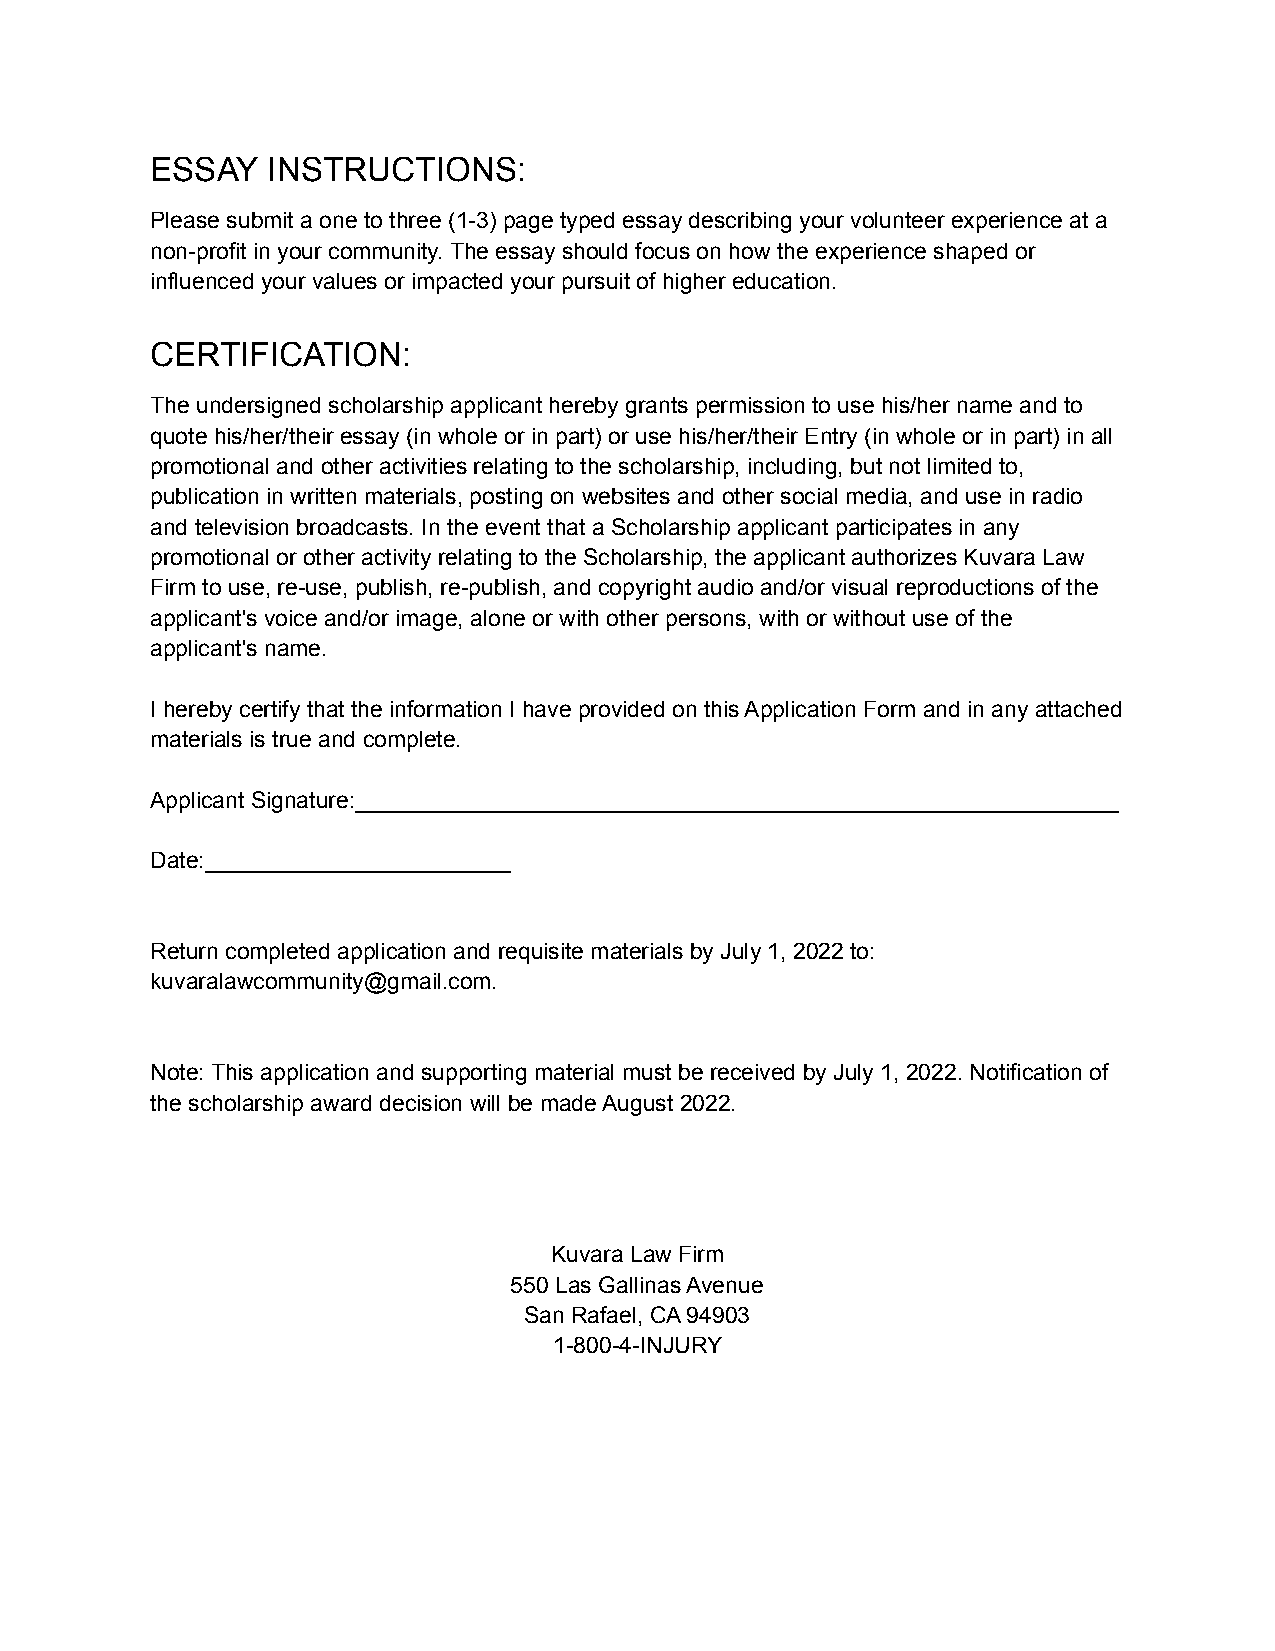
ESSAY   INSTRUCTIONS:
 Please submit a one to three (1-3) page typed essay describing your volunteer experience at a
 non-profit in your community. The essay should focus on how the experience shaped or
 influenced your values or impacted your pursuit of higher education.
 CERTIFICATION:
 The undersigned scholarship applicant hereby grants permission to use his/her name and to
 quote his/her/their essay (in whole or in part) or use his/her/their Entry (in whole or in part) in all
 promotional and other activities relating to the scholarship, including, but not limited to,
 publication in written materials, posting on websites and other social media, and use in radio
 and television broadcasts. In the event that a Scholarship applicant participates in any
 promotional or other activity relating to the Scholarship, the applicant authorizes Kuvara Law
 Firm to use, re-use, publish, re-publish, and copyright audio and/or visual reproductions of the
 applicant's voice and/or image, alone or with other persons, with or without use of the
 applicant's name.
 I hereby certify that the information I have provided on this Application Form and in any attached
 materials is true and complete.
 Applicant Signature:____________________________________________________________
 Date:________________________
 Return completed application and requisite materials by July 1, 2022 to:
 kuvaralawcommunity@gmail.com.
 Note: This application and supporting material must be received by July 1, 2022. Notification of
 the scholarship award decision will be made August 2022.
 Kuvara Law Firm
 550 Las Gallinas Avenue
 San Rafael, CA 94903
 1-800-4-INJURY